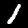
Digit: 1